Vaike-Kopu_(Puiatu)_vallavalitsus, lk 51
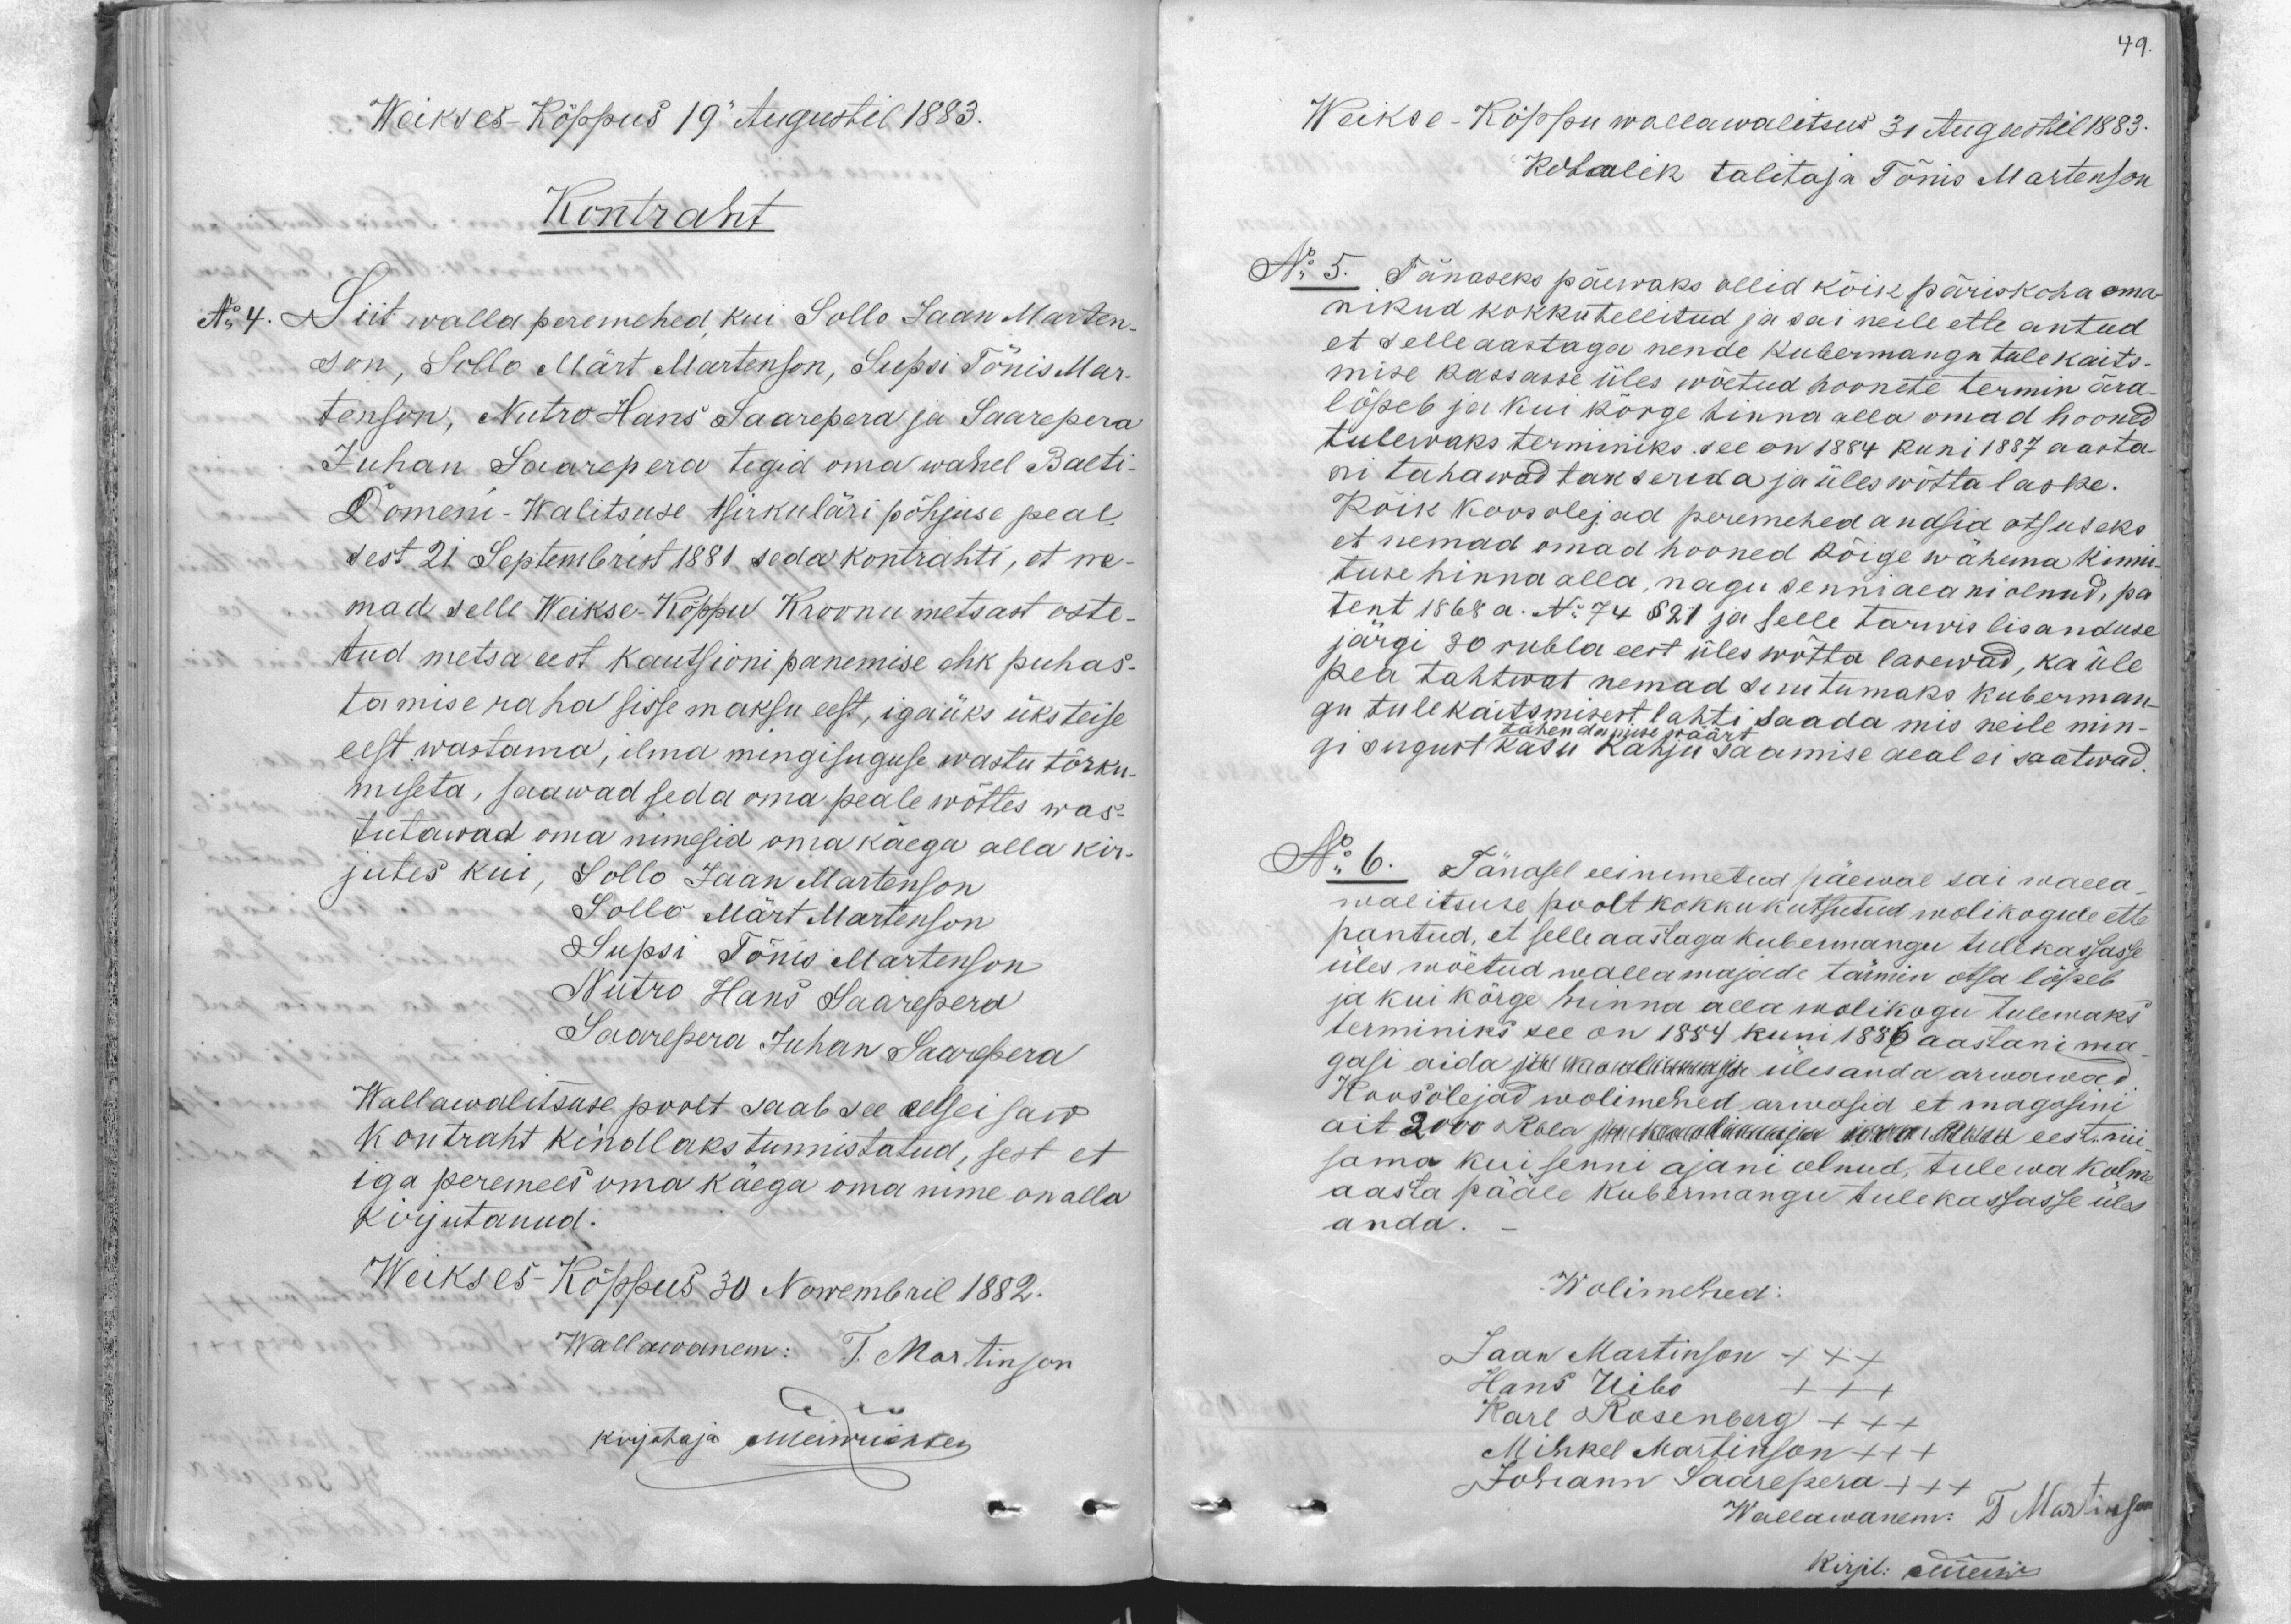
Weikses-Kõppus 19 Augustil 1883.
Kontraht
No 4. Siit walla peremehed kui Sollo Jaan Marten-
son, Sollo Märt Martenson, Supsi Tõnis Mar-
tenson, Nutro Hans Saarepera ja Saarepara
Juhan Saarepera tegid oma wahel Balti
Domeni-Walitsuse tsirkuläri põhjuse peal
sest 21 Septembrist 1881 seda kontrahti, et ne-
mad selle Weikse-Kõppu Kroonu metsast oste
tud metsa eest kautsioni panemise ehk puhas-
tamise raha sisse maksu eest, igaüks üksteise
eest wastama, ilma mingisuguse wastu tõrku
miseta, saawad seda oma peale wõttes was-
tutawad oma nimesid oma käega alla kir-
jutes kui, Sollo Jaan Martenson
Sollo Märt Martenson
Supsi Tõnis Martenson
Nutro Hans Saarepera
Saarepera Juhan Saarepera
Wallawalitsuse poolt saab see eelseisaw
kontraht kindlaks tunnistatud, sest et
iga peremees oma käega oma nime on alla
Kirjutanud.
Weikses-Kõppus 30 Nowembril 1882.
Wallawanem: T. Martinson
kirjotaja meiewühtei

49.
Weikse-Kõppu wallawalitsus 31 Augustil 1883.
Kohalik talitaja Tõnis Martenson
N: 5. Tänaseks päewaks ollid kõik päriskoha oma
nikud kokkutellitud ja sai neile ette antud
et selle aastaga nende Kubermangu tule kaits-
mise kassasse üles wõetud hoonete termin ära-
lõpeb ja kui kõrge hinna alla omad hooned
tulewaks terminiks see on 1884 kuni 1887 aasta
ni tahawad takserida ja üles wõtta laske.
Kõik koosolejad peremehed andsid otsuseks
et nemad omad hooned kõige wähema kinni.
tuse hinna alla, nagu senniaeani olnud, pa
tent 1868 a. No 74 §21 ja selle tarwis lisanduse
järgi 30 rubla eest üles wõtta larewad, ka üle-
pea tahtwat nemad suutumaks kuberman-
gu tule kaitsmisest lahti saada mis neile min-
tähendamist väärt
gi sugust kasu Kahju saamise aeal ei saatwad.
N: 6. Tänasel eesnimetud päewal sai walla,
walitsuse poolt kokkukutsutud wolikogule ette
pantud, et selle aastaga kubermangu tulekassasse
üles wõetud wallamajade tärmin otsa lõpeb
ja kui kõrge hinna alla wolikogu tulemaks
terminiks see on 1884 kuni 1886 aastani ma
gasi aida üles anda arwawad
Koosolejad wolimehed arwasid et magasini
ait 2000. Rbla eest. nii
sama kui senni ajani olnud, tulewa kolme
aasta pääle kubermangu tulekassasse üles
anda.
Wolimehed:
Jaan Martinson +++
Hans Uibo XXX
Karl Rosenberg XXX
Mihkel Martinson +++
Johann Saarepera +++
Wallawanem. T Martinson
Kirjal: ammu